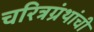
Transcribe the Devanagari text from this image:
चरित्रग्रंथांची